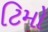
ટિમો